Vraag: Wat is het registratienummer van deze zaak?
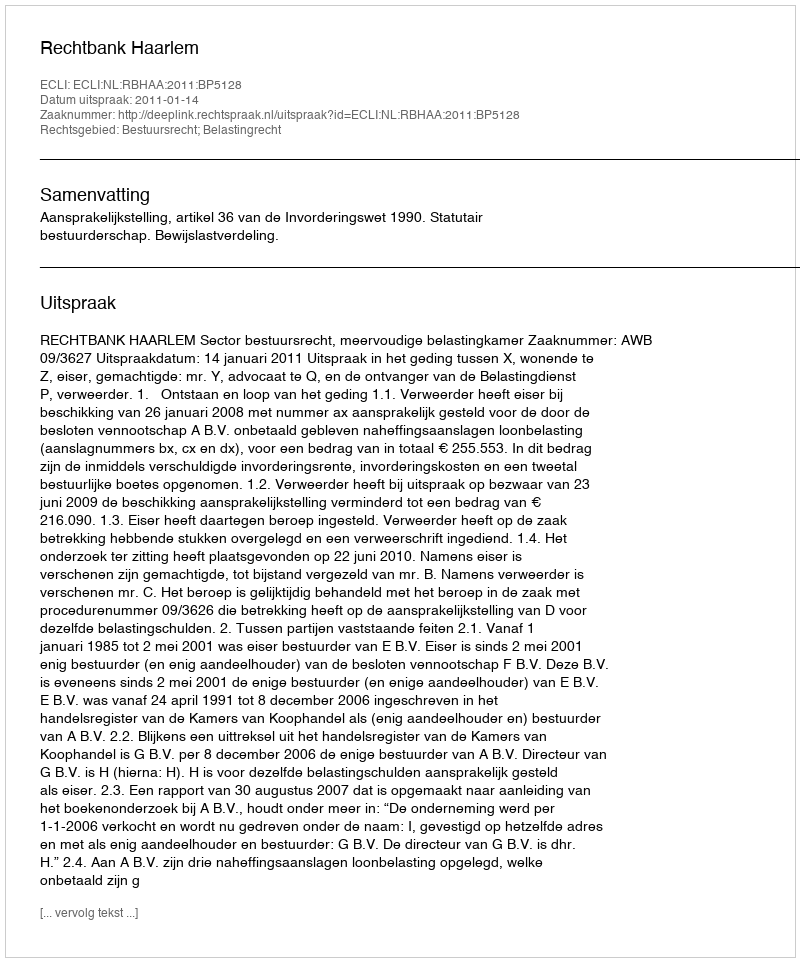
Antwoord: http://deeplink.rechtspraak.nl/uitspraak?id=ECLI:NL:RBHAA:2011:BP5128